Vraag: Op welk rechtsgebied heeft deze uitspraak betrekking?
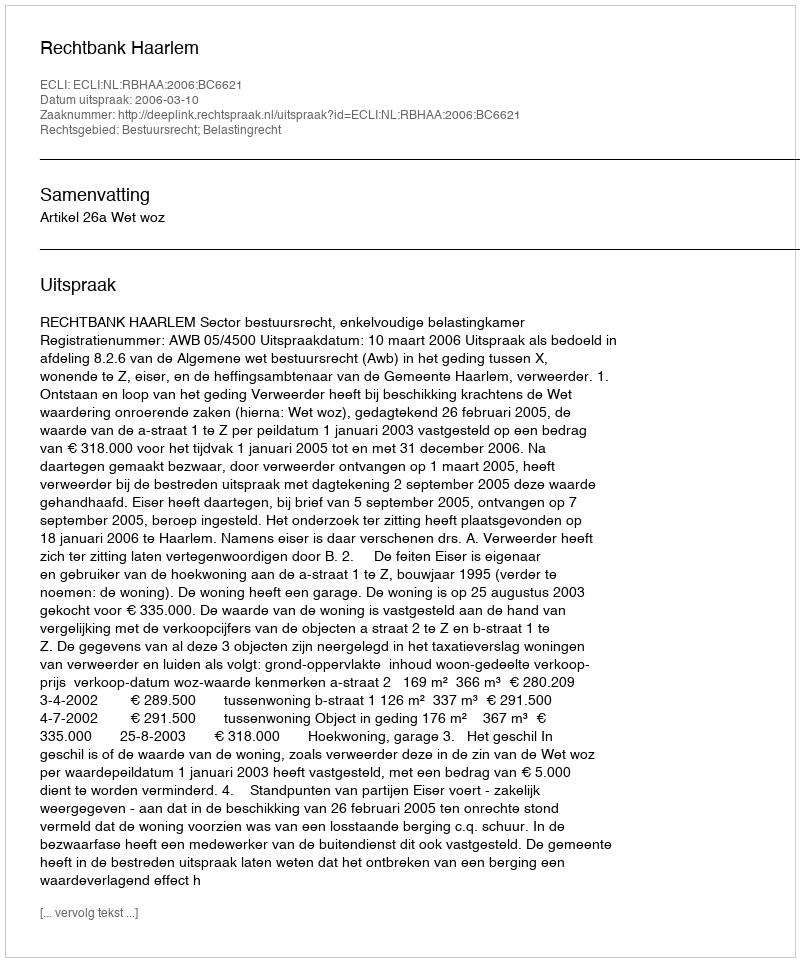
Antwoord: Bestuursrecht; Belastingrecht